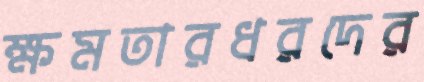
ক্ষমতারধরদের